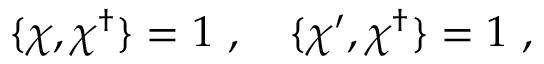
\{ \chi , \chi ^ { \dagger } \} = 1 ~ , ~ ~ ~ \{ \chi ^ { \prime } , \chi ^ { \dagger } \} = 1 ~ ,